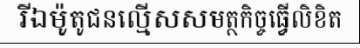
រីឯម៉ូតូជនល្មើសសមត្ថកិច្ចធ្វើលិខិត